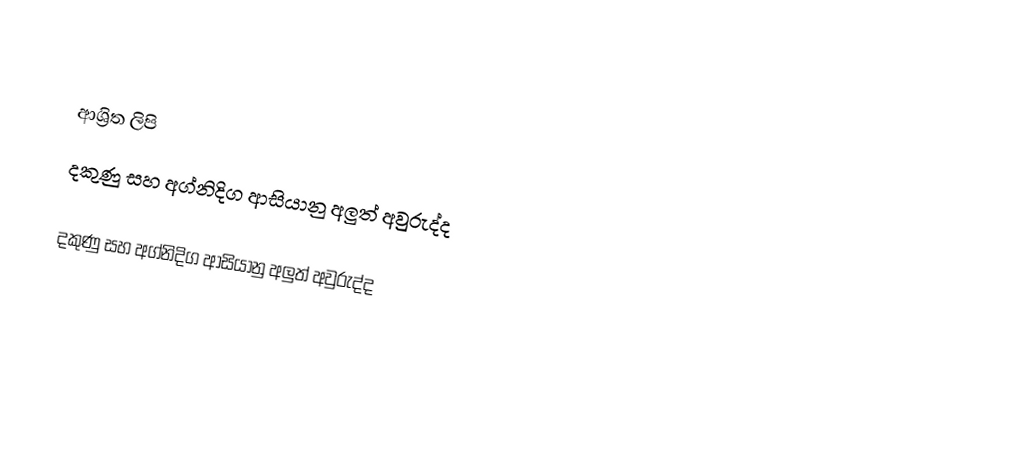

ආශ්‍රිත ලිපි
 දකුණු සහ අග්නිදිග ආසියානු අලුත් අවුරුද්ද

දකුණු සහ අග්නිදිග ආසියානු අලුත් අවුරුද්ද